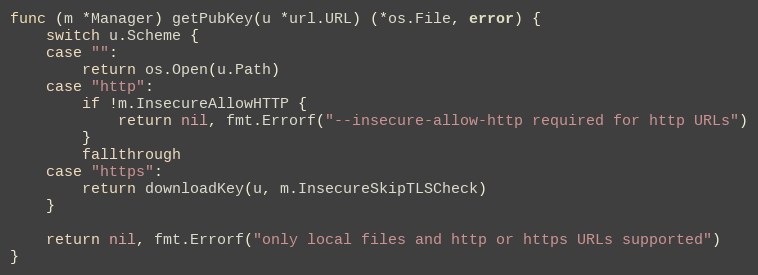
Language: Go
func (m *Manager) getPubKey(u *url.URL) (*os.File, error) {
	switch u.Scheme {
	case "":
		return os.Open(u.Path)
	case "http":
		if !m.InsecureAllowHTTP {
			return nil, fmt.Errorf("--insecure-allow-http required for http URLs")
		}
		fallthrough
	case "https":
		return downloadKey(u, m.InsecureSkipTLSCheck)
	}

	return nil, fmt.Errorf("only local files and http or https URLs supported")
}